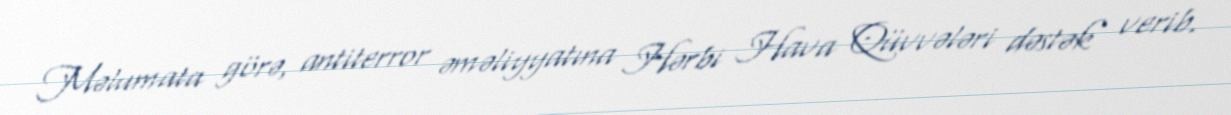
Məlumata görə, antiterror əməliyyatına Hərbi Hava Qüvvələri dəstək verib.